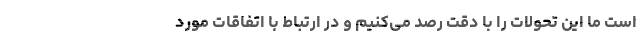
است ما این تحولات را با دقت رصد می‌کنیم و در ارتباط با اتفاقات مورد